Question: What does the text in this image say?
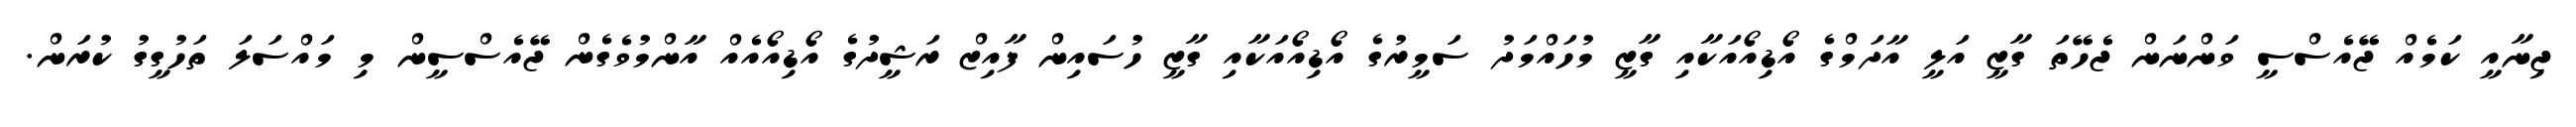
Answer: ޖިނާއީ ކަމެއް ޖޭއެސްސީ ވަންނަން ޖެހޭތަ ގާޒީ އަލީ އާދަމްގެ އޯޑިއޯއަކާއި ގާޒީ މުހައްމަދު ސަމީރުގެ އޯޑިއޯއަކާއި ގާޒީ ހުސައިން ފާއިޒް ރަޝީދުގެ އޯޑިއޯއެއް އާންމުވެގެން ޖޭއެސްސީން މި މައްސަލަ ތަހުގީގު ކުރަން.